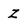
Character: Z